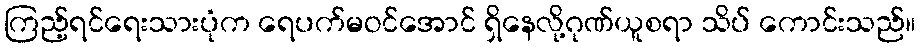
ကြည့်ရင်ရေးသားပုံက ရေပက်မဝင်အောင် ရှိနေလို့ဂုဏ်ယူစရာ သိပ် ကောင်းသည်။